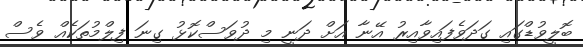
ބޮލީވުޑްގައި ގަދަވެފައިވާއިރު އޭނާ އަށް ދަނީ މި ދުވަސްކޮޅު ގިނަ ފިލްމުތަކެއް ވެސް